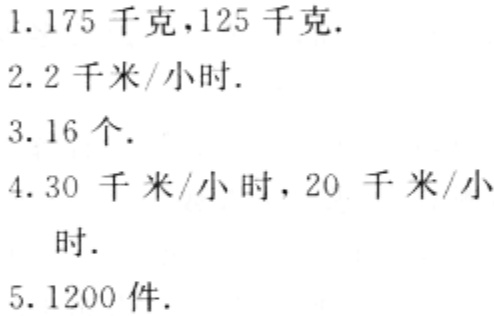
1. 175千克，125千克.

2. 2千米/小时.

3. 16个.

4. 30千米/小时，20千米/小时.

5. 1200件.